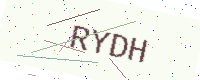
Text: RYDH